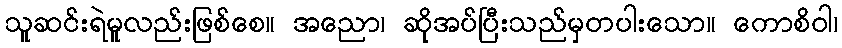
သူဆင်းရဲမူလည်းဖြစ်စေ။ အညော၊ ဆိုအပ်ပြီးသည်မှတပါးသော။ ကောစိဝါ၊